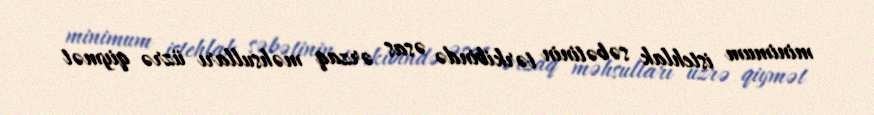
minimum istehlak səbətinin tərkibində əsas ərzaq məhsulları üzrə qiymət